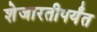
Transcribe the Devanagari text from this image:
शेजारतीपर्यंत